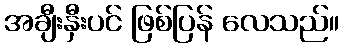
အချီးနှီးပင် ဖြစ်ပြန် လေသည်။